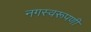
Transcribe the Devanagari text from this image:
नगस्वरूपणी